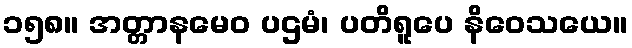
၁၅၈။ အတ္တာနမေဝ ပဌမံ၊ ပတိရူပေ နိဝေသယေ။